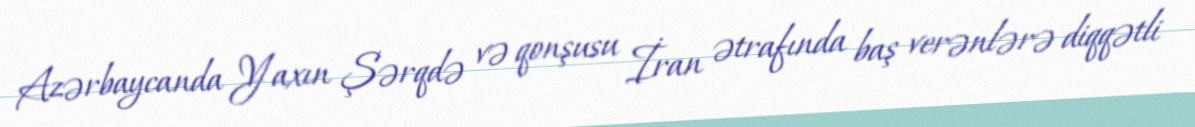
Azərbaycanda Yaxın Şərqdə və qonşusu İran ətrafında baş verənlərə diqqətli